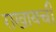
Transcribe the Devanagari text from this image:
राखायची